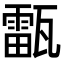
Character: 𤮚